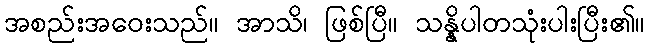
အစည်းအဝေးသည်။ အာသိ၊ ဖြစ်ပြီ။ သန္နိပါတသုံးပါးပြီး၏။